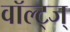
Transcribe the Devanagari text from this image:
वॉल्ट्ज्